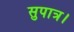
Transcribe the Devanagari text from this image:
सुपात्र।